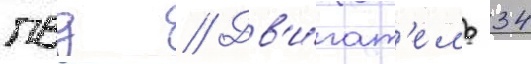
пвд // Дв'и́гат'ель 34